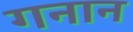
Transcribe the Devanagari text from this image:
गनान